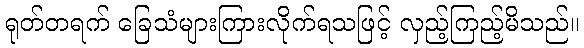
ရုတ်တရက် ခြေသံများကြားလိုက်ရသဖြင့် လှည့်ကြည့်မိသည်။